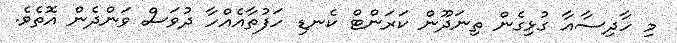
މި ހާދިސާއާ ގުޅިގެން ތިނަދޫން ކަރަންޓް ކެނޑި ހަފުތާއެއްހާ ދުވަސް ވަންދެން އޮތެވެ.